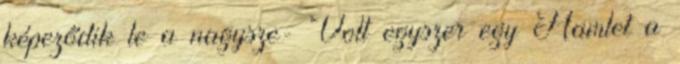
képeződik le a nagysze- Volt egyszer egy Hamlet a